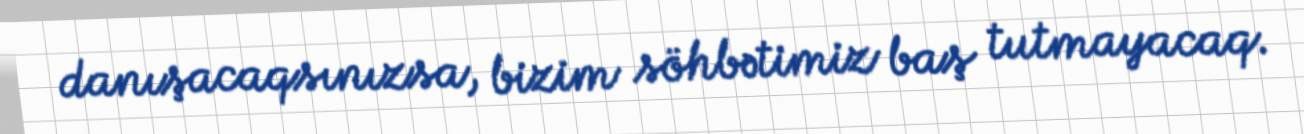
danışacaqsınızsa, bizim söhbətimiz baş tutmayacaq.